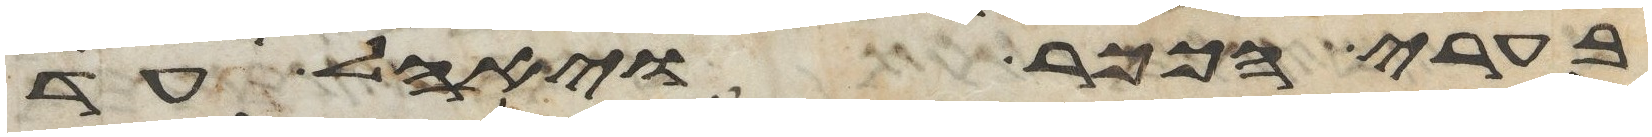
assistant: בערי הככר ויאהל עד